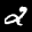
Label: 2